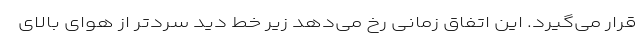
قرار می‌گیرد. این اتفاق زمانی رخ می‌دهد زیر خط دید سردتر از هوای بالای